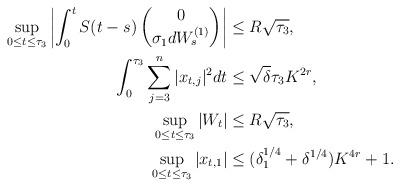
LaTeX: \begin{align*}\sup_{0 \le t \le \tau_3}\left|\int_0^t S(t-s)\begin{pmatrix}0 \\ \sigma_1 dW_s^{(1)} \\ \end{pmatrix}\right| &\le R \sqrt{\tau_3}, \\ \int_0^{\tau_3} \sum_{j=3}^n |x_{t,j}|^2 dt & \le \sqrt{\delta} \tau_3 K^{2r}, \\\sup_{0 \le t \le \tau_3} |W_t| &\le R \sqrt{\tau_3}, \\ \sup_{0 \le t \le \tau_3} |x_{t,1}| &\le (\delta_1^{1/4}+ \delta^{1/4})K^{4r} + 1.\end{align*}